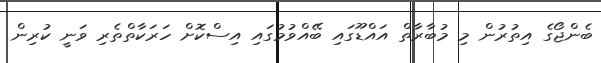
ބެންޖޯގެ އިތުރުން މި މުބާރާތް އައްޑޫގައި ބޭއްވުމުގައި އިސްކޮށް ހަރަކާތްތެރި ވަނީ ކުރިން